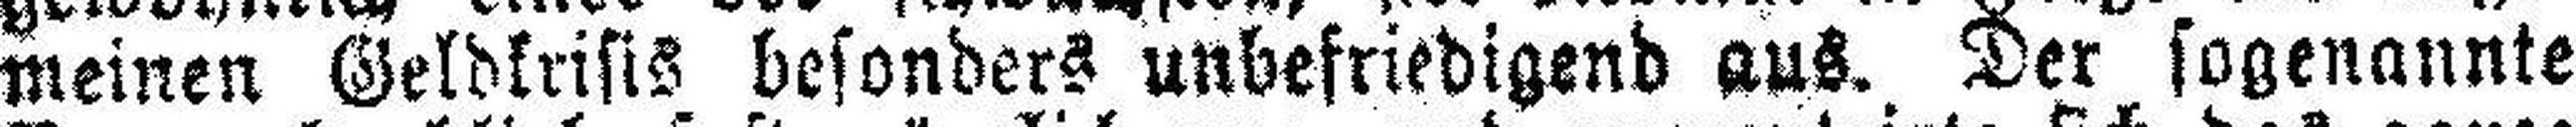
meinen Geldkrisis besonders unbefriedigend aus. Der sogenannte